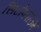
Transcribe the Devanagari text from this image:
सिटोप्लाज्म